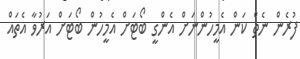
ފުރެން ނެތް ކަން އެމީހުންނަށް އެންގީ ބޯޓަށް އެމީހުން ބޯޓަށް އަރުވާ އެތައް